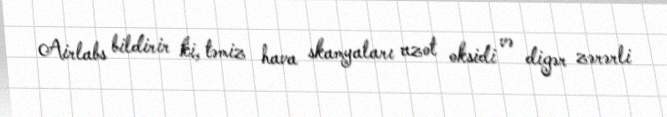
Airlabs bildirir ki, təmiz hava skamyaları azot oksidi və digər zərərli